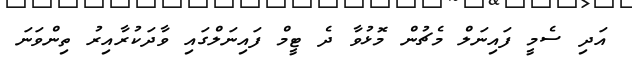
އަދި ސެމީ ފައިނަލް މެޗުން މޮޅުވާ ދެ ޓީމް ފައިނަލްގައި ވާދަކުރާއިރު ތިންވަނަ